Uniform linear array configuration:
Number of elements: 48
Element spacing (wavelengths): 0.75
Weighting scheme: hamming
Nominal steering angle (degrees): -15
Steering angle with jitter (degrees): -15.64
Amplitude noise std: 0.05
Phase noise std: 0.05

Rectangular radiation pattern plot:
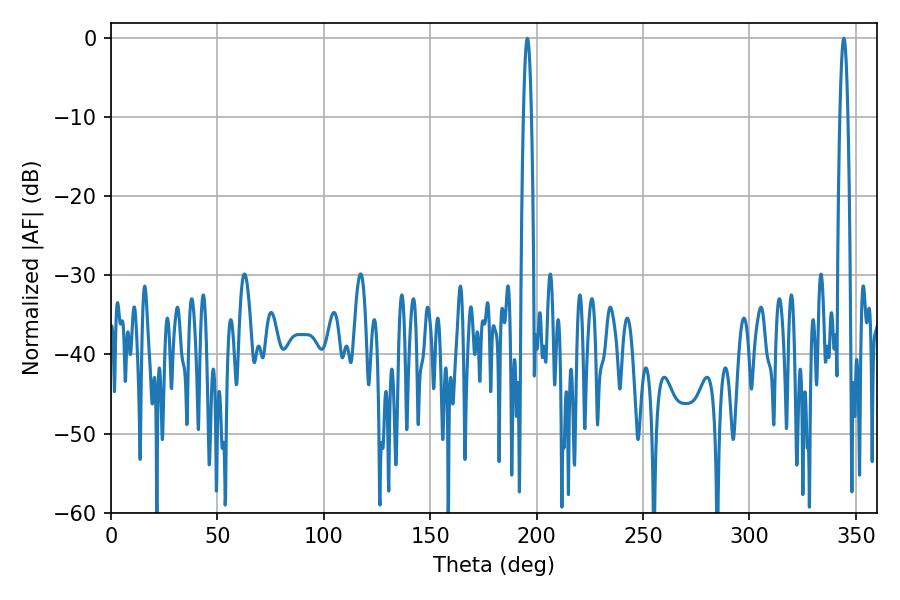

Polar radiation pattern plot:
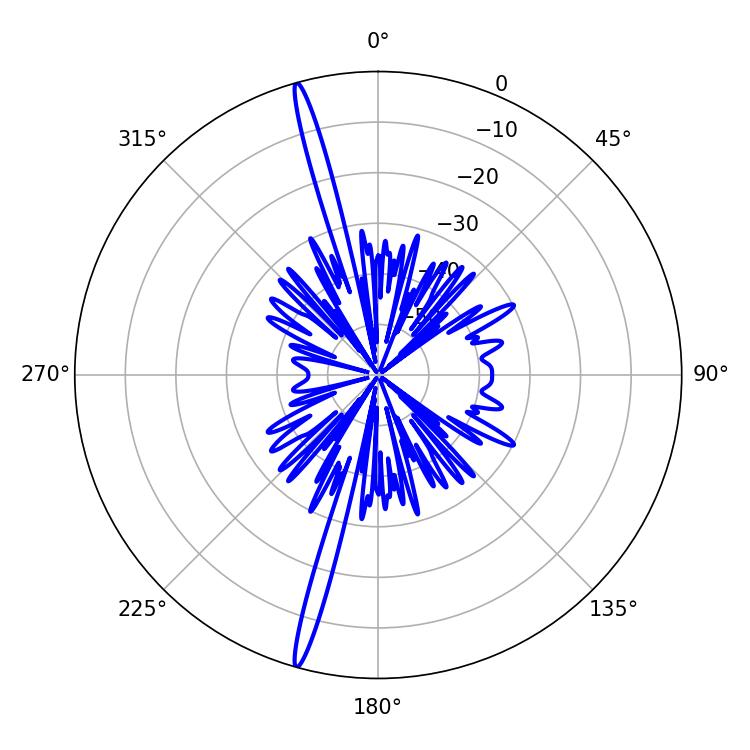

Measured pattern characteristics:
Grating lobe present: TRUE
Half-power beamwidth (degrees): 1.98
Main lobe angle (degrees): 195.66